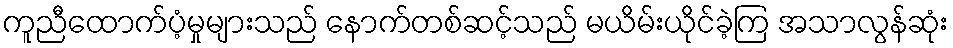
ကူညီထောက်ပံ့မှုများသည် နောက်တစ်ဆင့်သည် မယိမ်းယိုင်ခဲ့ကြ အသာလွန်ဆုံး